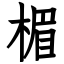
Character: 楣